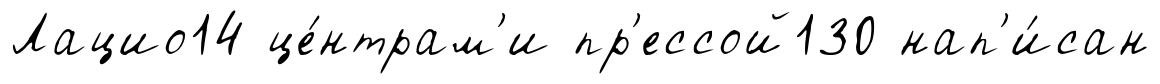
Лацио14 це́нтрам'и пр'ессой130 нап'и́сан